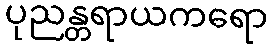
ပုညန္တရာယကရော